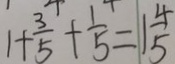
1 + \frac { 3 } { 5 } + \frac { 1 } { 5 } = 1 \frac { 4 } { 5 }